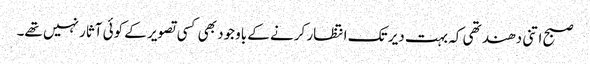
صبح اتنی دھند تھی کہ بہت دیر تک انتظار کرنے کے باوجود بھی کسی تصویر کے کوئی آثار نہیں تھے۔